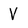
Character: V